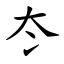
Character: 冭